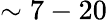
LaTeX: \sim 7-20